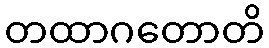
တထာဂတောတိ